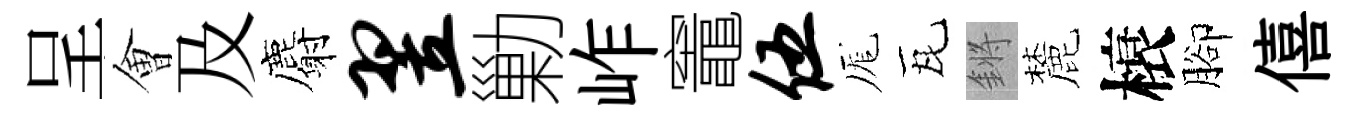
呈㑹及麝翌勦岞竈伍厖瓦鏘麓榱腳僖